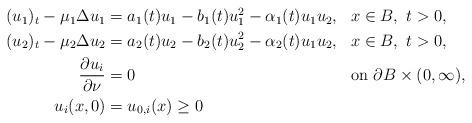
LaTeX: \begin{align*}\begin{aligned}(u_1)_t-\mu_1\Delta u_1 &= a_1(t) u_1 - b_1(t) u_1^2 -\alpha_1(t) u_1u_2,&&x \in B,\ t>0,\\(u_2)_t-\mu_2\Delta u_2 &= a_2(t) u_2 - b_2(t) u_2^2 -\alpha_2(t) u_1u_2,&&x\in B,\ t>0,\\\frac{\partial u_i}{\partial\nu}&=0 &&\text{on $\partial B \times (0,\infty)$,}\\u_i(x,0)&=u_{0,i}(x)\geq 0&&\end{aligned}\end{align*}